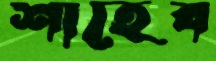
শাহেব